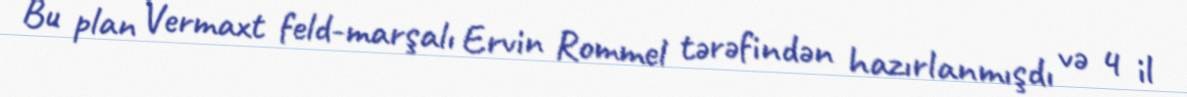
Bu plan Vermaxt feld-marşalı Ervin Rommel tərəfindən hazırlanmışdı və 4 il